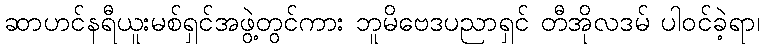
ဆာဟင်နရီယူးမစ်ရှင်အဖွဲ့တွင်ကား ဘူမိဗေဒပညာရှင် တီအိုလဒမ် ပါဝင်ခဲ့ရာ၊